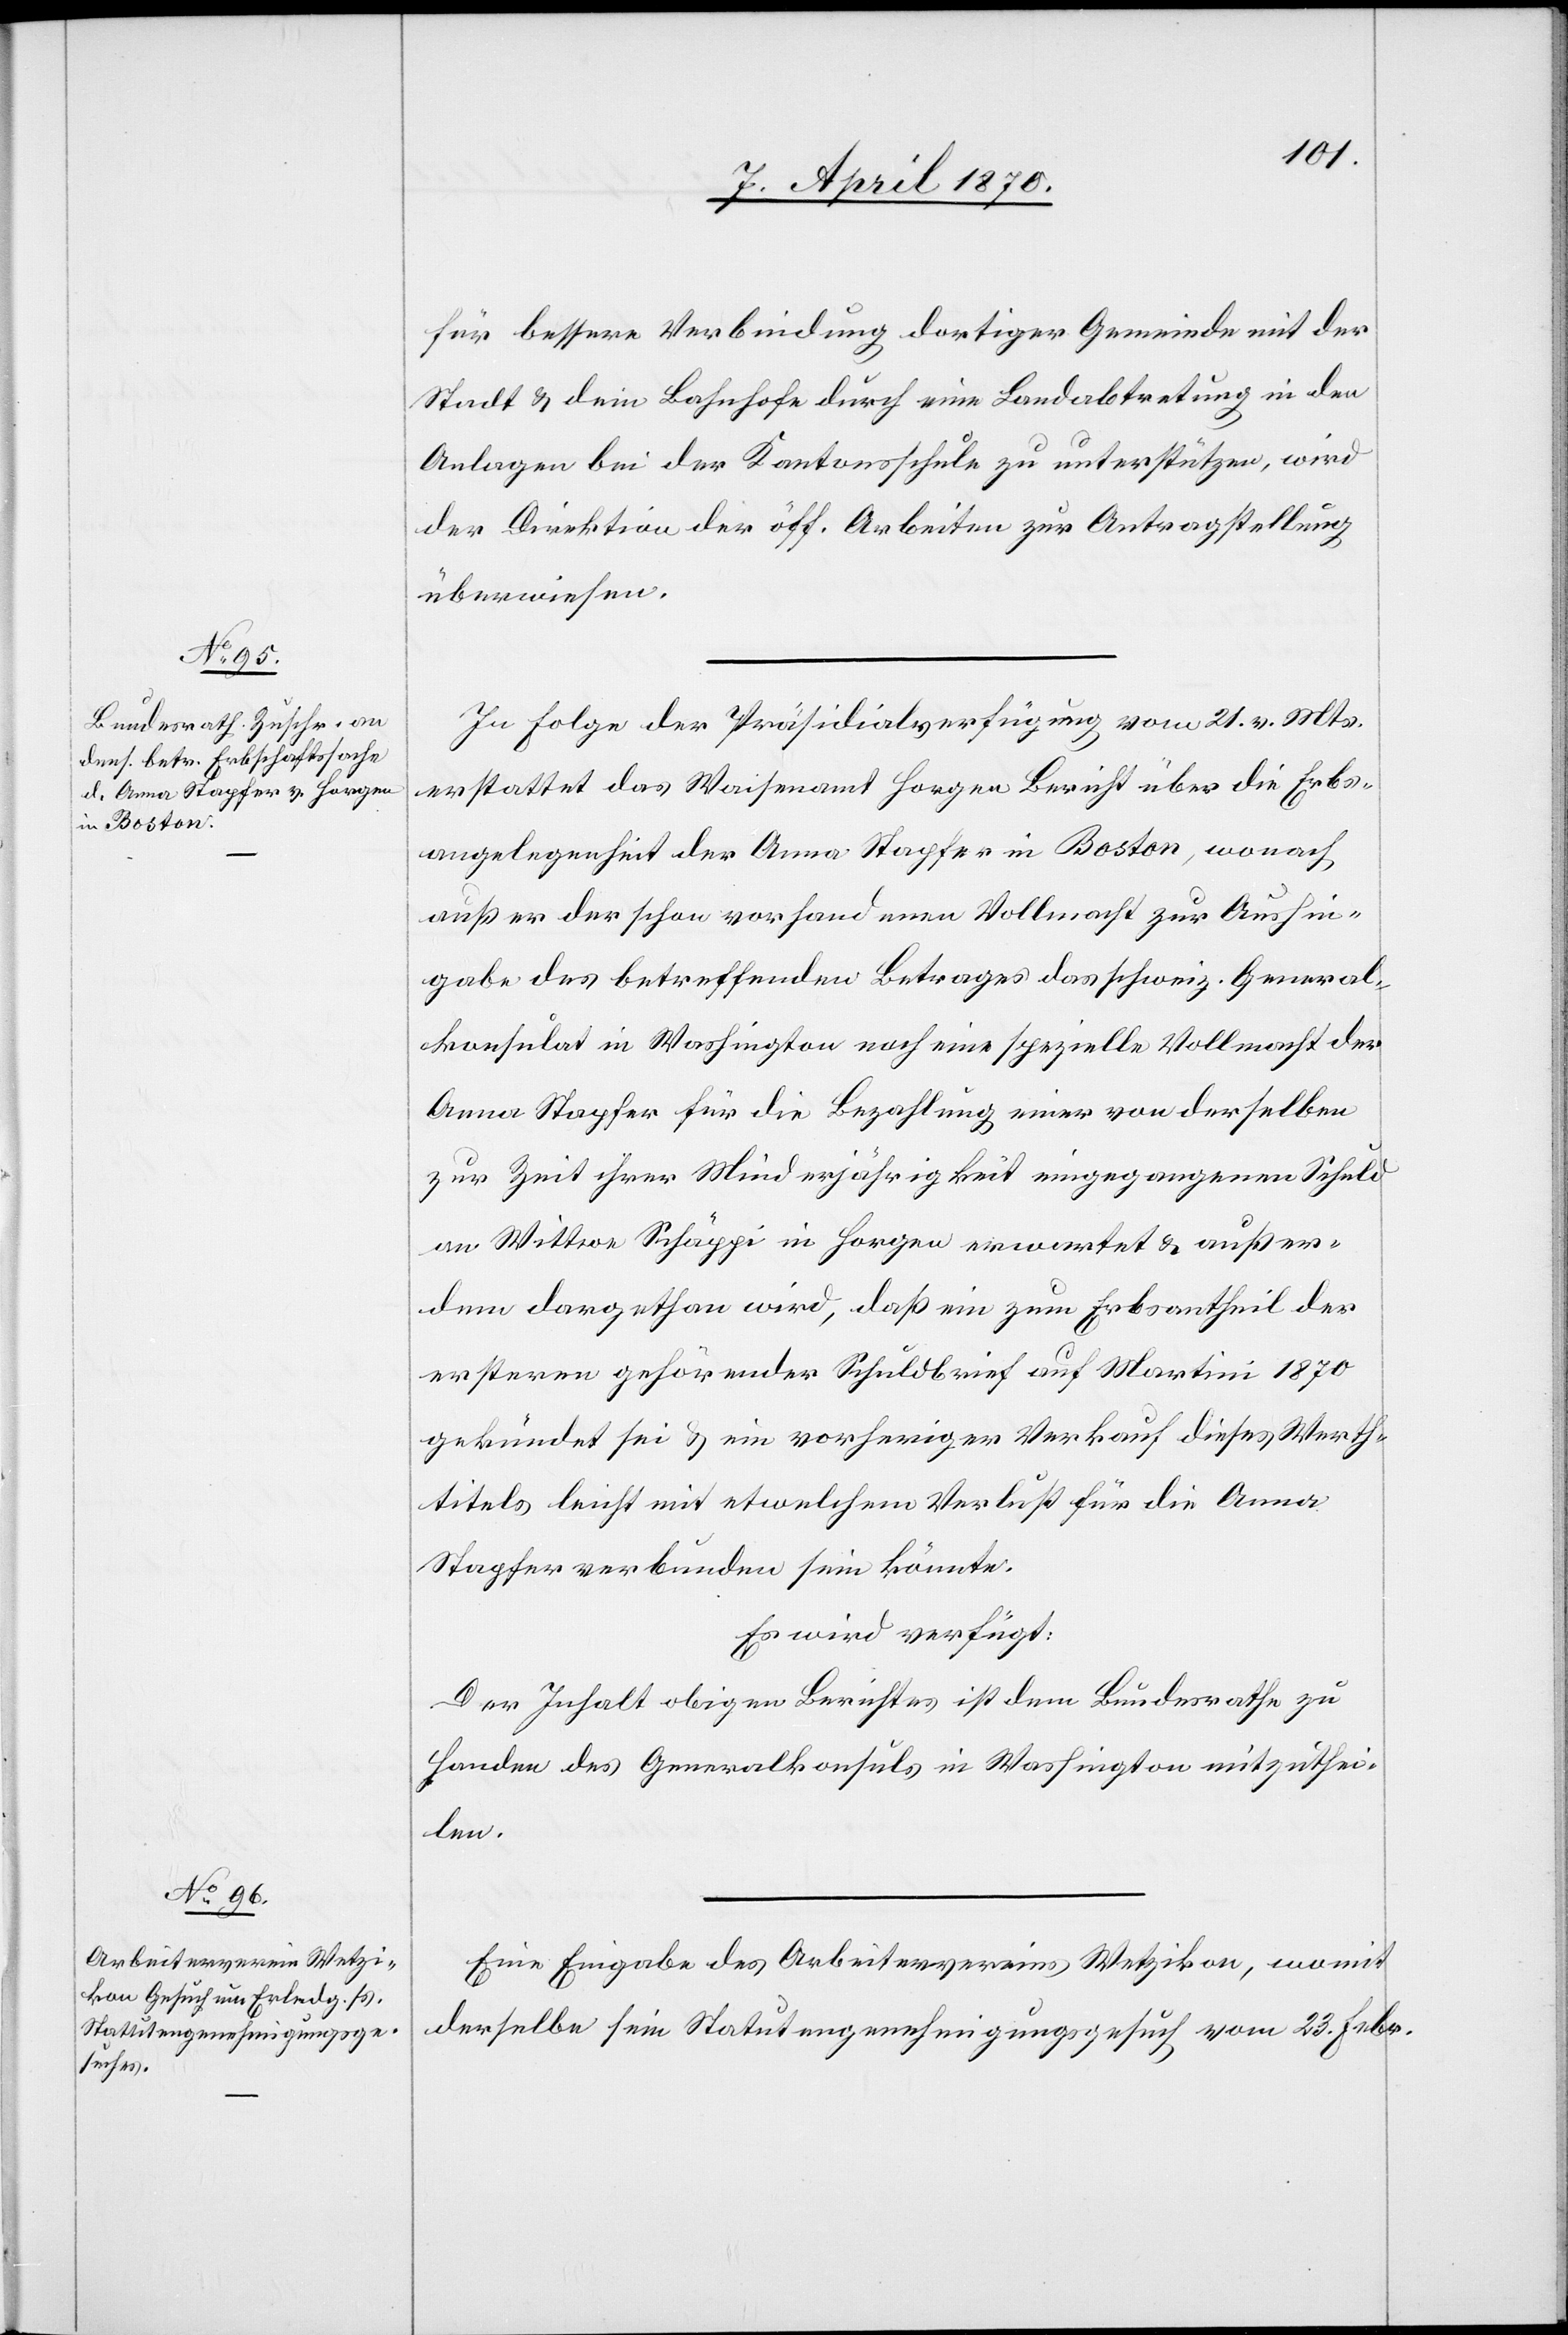
11. April 1870.]
für bessere Verbindung dortiger Gemeinde mit der
Stadt & dem Bahnhofe durch eine Landabtretung in den
Anlagen der Kantonsschule zu unterstützen, wird
der Direktion der öff. Arbeiten zur Antragstellung
überwiesen.
In Folge der Präsidialverfügung vom 21. vor. Mts.
erstattet das Waisenamt Horgen Bericht über die Erbs¬
angelegenheit der Anna Stapfer in Boston, wonach
außer der schon vorhandenen Vollmacht zur Aushin¬
gabe des betreffenden Betrages das schweiz. General¬
konsulat in Washington noch eine spezielle Vollmacht der
Anna Stapfer für die Bezahlung einer von derselben
zur Zeit ihrer Minderjährigkeit eingegangenen Schuld
an Wittwe Schäppi in Horgen erwartet & außer¬
dem dargethan wird, daß ein zum Erbsantheil der
erstern gehörender Schuldbrief auf Martini 1870
gekündet sei & ein vorheriger Verkauf dieses Werth¬
titels leicht mit etwelchem Verlust für die Anna
Stapfer verbunden sein könnte.
Es wird verfügt:
Der Inhalt obigen Berichtes ist dem Bundesrathe zu
Handen des Generalkonsuls in Washington mitzuthei¬
len.
Eine Eingabe des Arbeitervereins Wetzikon, womit
derselbe sein Statutengenehmigungsgesuch vom 23. Febr.